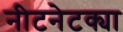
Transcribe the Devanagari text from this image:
नीटनेटक्या